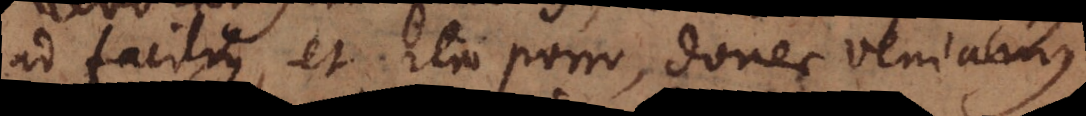
ad facilius, et ita porro, donec veniamus